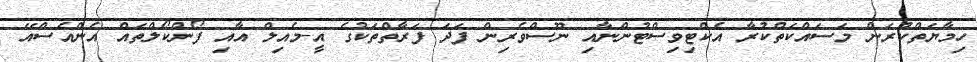
ހިމާޔަތްކުރަން މަސައްކަތްކުރާ އެކްޓިވިސްޓުންނާއި ނޫސްވެރިން ފަދަ ފަރާތްތަކުގެ އީ-މެއިލް އާއި ފޯންކޯލްތައް އެންއެސްއޭ